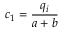
c _ { 1 } = \frac { q _ { i } } { a + b }